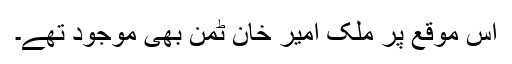
اس موقع پر ملک امیر خان ٹمن بھی موجود تھے۔